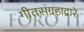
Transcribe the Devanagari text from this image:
गीतसंग्रहाद्वारे